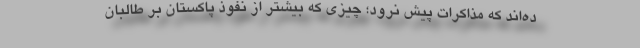
ده‌اند که مذاکرات پیش نرود؛ چیزی که بیشتر از نفوذ پاکستان بر طالبان